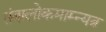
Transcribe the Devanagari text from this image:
तंत्रालोकमाम्न्यत्र